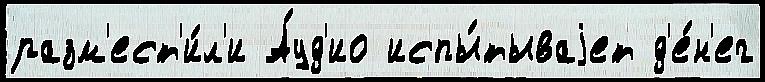
разм'ест'и́л'и А́уд'ио испы́тываjет д'е́н'ег